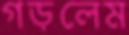
গড়লেম